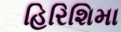
હિરિશિમા